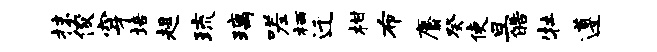
抹俊穿培趄琉璃嗟栖迁柑布麝癸使旦皓牡遵